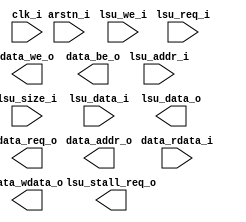
module miriscv_lsu( 
    input clk_i, //  
    input arstn_i, //   
 
    // core protocol
    input [31:0] lsu_addr_i, // (A) ,    
    input lsu_we_i,          // (WE) 1 -     
    input [2:0] lsu_size_i,  // (S)   
    input [31:0] lsu_data_i, // (RD2)     
    input lsu_req_i,         // (I) 1 -   
    output lsu_stall_req_o,  // ()   !enable pc 
    output [31:0] lsu_data_o, // (RD)    
 
    // memory protocol 
    input [31:0] data_rdata_i, //  
    output data_req_o,         // 1 -   
    output data_we_o,          // 1 -    
    output [3:0] data_be_o,    //      
    output [31:0] data_addr_o, // ,    
    output [31:0] data_wdata_o // ,   
);
    
    
endmodule